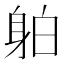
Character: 𲄜